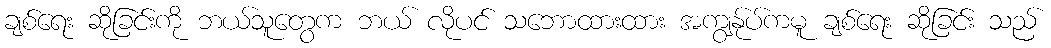
ချစ်ရေး ဆိုခြင်းကို ဘယ်သူတွေက ဘယ် လိုပင် သဘောထားထား အကျွန်ုပ်ကမူ ချစ်ရေး ဆိုခြင်း သည်